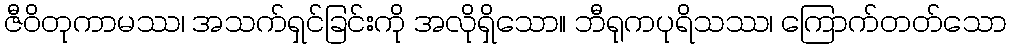
ဇီဝိတုကာမဿ၊ အသက်ရှင်ခြင်းကို အလိုရှိသော။ ဘီရုကပုရိသဿ၊ ကြောက်တတ်သော